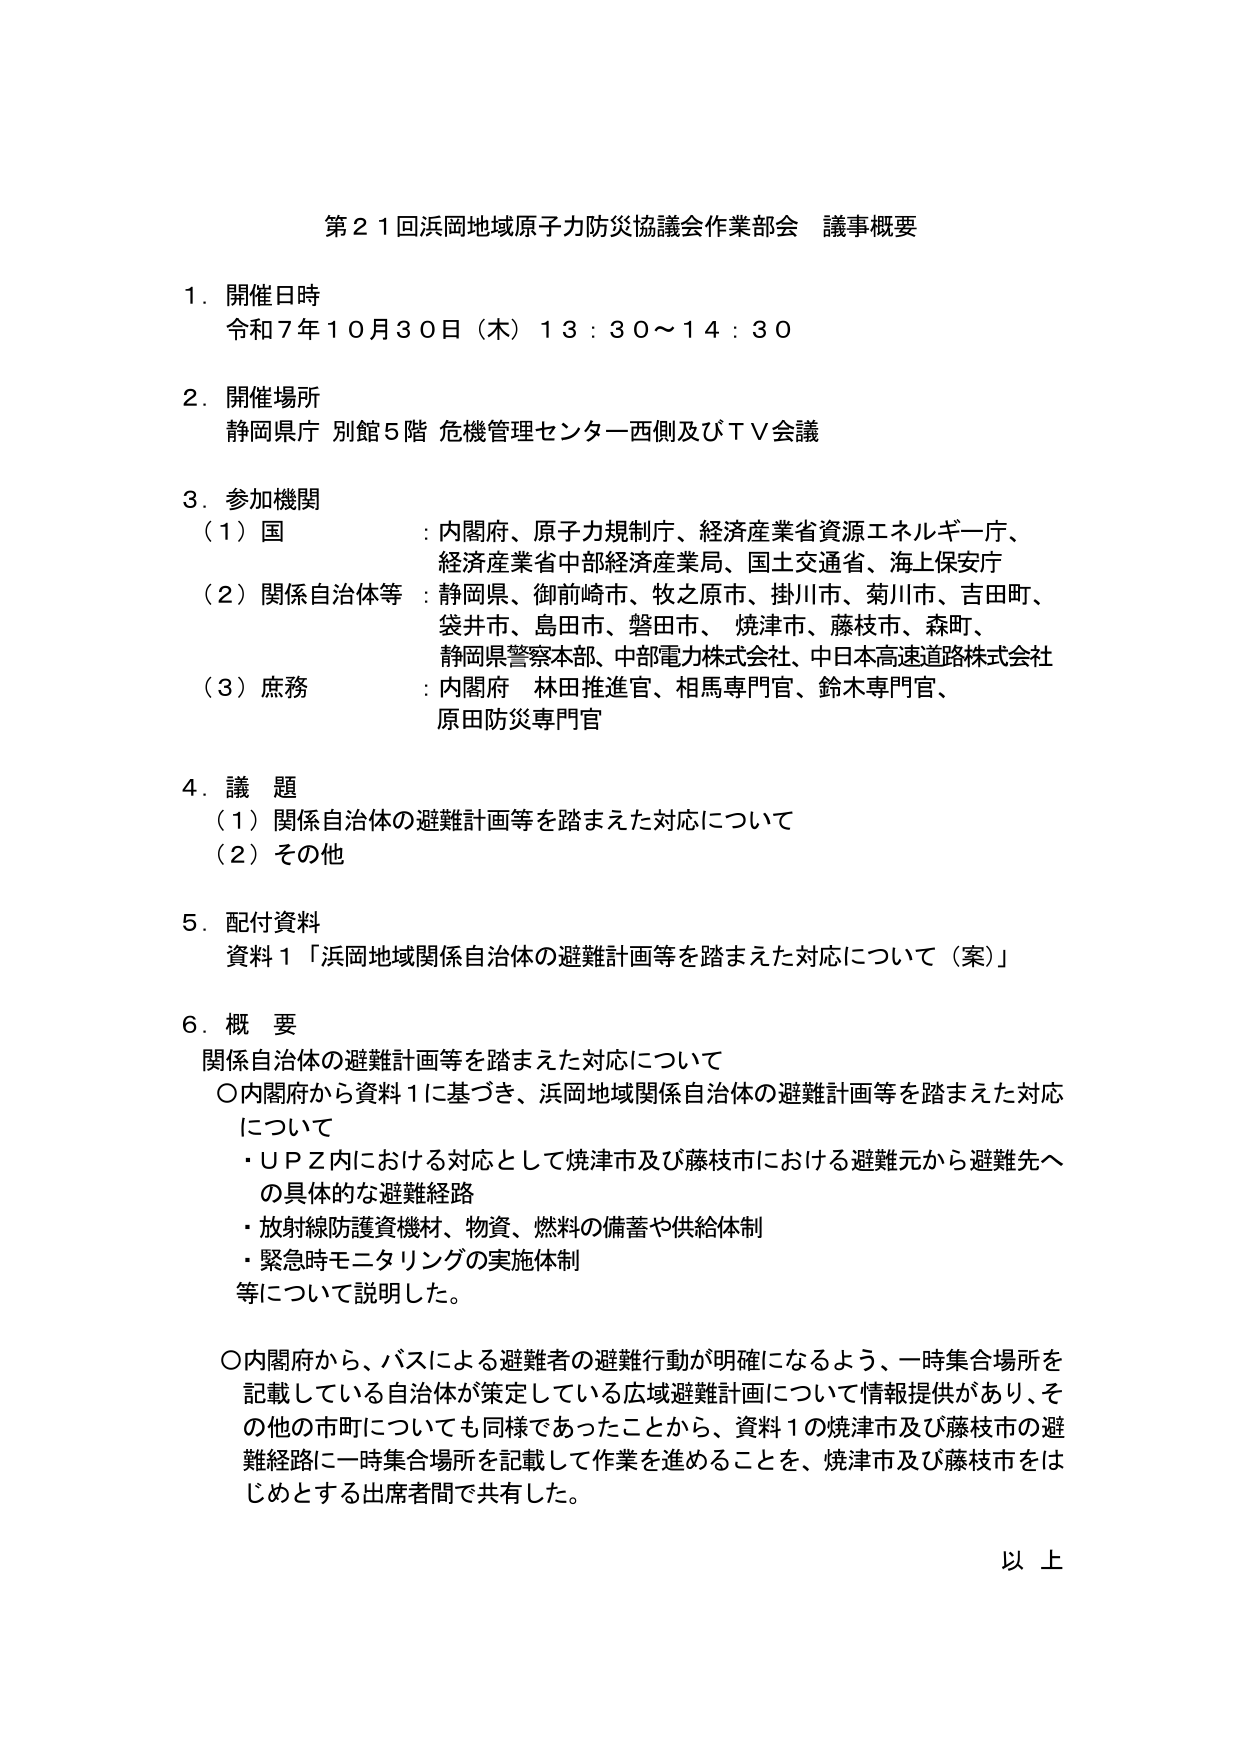
第２１回浜岡地域原子力防災協議会作業部会 議事概要

１．開催日時
令和７年１０月３０日（木）１３：３０～１４：３０

２．開催場所
静岡県庁 別館５階 危機管理センター西側及びＴＶ会議

３．参加機関
（１）国 ：内閣府、原子力規制庁、経済産業省資源エネルギー庁、
　　　　　経済産業省中部経済産業局、国土交通省、海上保安庁
（２）関係自治体等 ：静岡県、御前崎市、牧之原市、掛川市、菊川市、吉田町、
　　　　　　　　　袋井市、島田市、磐田市、焼津市、藤枝市、森町、
　　　　　　　　　静岡県警察本部、中部電力株式会社、中日本高速道路株式会社
（３）庶務 ：内閣府 林田推進官、相馬専門官、鈴木専門官、
　　　　　原田防災専門官

４．議題
（１）関係自治体の避難計画等を踏まえた対応について
（２）その他

５．配付資料
資料１「浜岡地域関係自治体の避難計画等を踏まえた対応について（案）」

６．概要
関係自治体の避難計画等を踏まえた対応について
〇内閣府から資料１に基づき、浜岡地域関係自治体の避難計画等を踏まえた対応について
　・ＵＰＺ内における対応として焼津市及び藤枝市における避難元から避難先への具体的な避難経路
　・放射線防護資機材、物資、燃料の備蓄や供給体制
　・緊急時モニタリングの実施体制
　等について説明した。

〇内閣府から、バスによる避難者の避難行動が明確になるよう、一時集合場所を記載している自治体が策定している広域避難計画について情報提供があり、その他の市町についても同様であったことから、資料１の焼津市及び藤枝市の避難経路に一時集合場所を記載して作業を進めることを、焼津市及び藤枝市をはじめとする出席者間で共有した。

以上